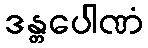
ဒန္တပေါဏံ